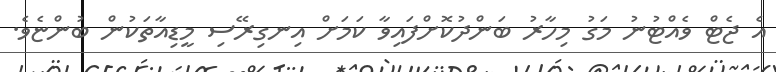
އެ ޖެޓް ވެެއްޓުނު މަގު މިހާރު ބަންދުކޮށްފައިވާ ކަަމަށް އިނގިރޭސި މީޑިއާތަކުން ބުންޏެވެ.